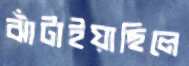
ঝাঁটাইয়াছিলে